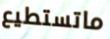
ماتستطيع